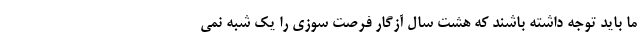
ما باید توجه داشته باشند که هشت سال آزگار فرصت سوزی را یک شبه نمی